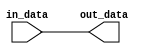
module ECL_buffer (
    input in_data,
    output out_data
);

reg internal_data;

// ECL Buffer logic will be implemented here

assign internal_data = in_data;

// Output buffer
assign out_data = internal_data;

endmodule